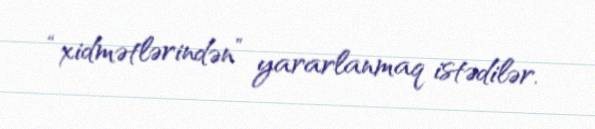
“xidmətlərindən” yararlanmaq istədilər.